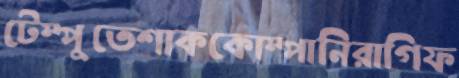
টেম্পুতেশাককোম্পানিরাগিফ